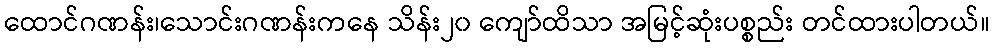
ထောင်ဂဏန်း၊သောင်းဂဏန်းကနေ သိန်း၂၀ ကျော်ထိသာ အမြင့်ဆုံးပစ္စည်း တင်ထားပါတယ်။